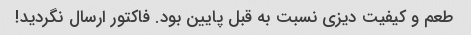
طعم و کیفیت دیزی نسبت به قبل پایین بود. فاکتور ارسال نگردید!